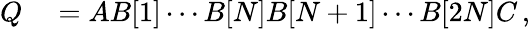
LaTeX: \begin{array}{rl}{Q}&{{}=AB[1]\cdots B[N]B[N+1]\cdots B[2N]C\, ,}\end{array}